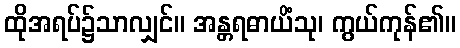
ထိုအရပ်၌သာလျှင်။ အန္တရဓာယိံသု၊ ကွယ်ကုန်၏။